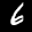
Label: 6